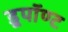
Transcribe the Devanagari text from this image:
डूपॉण्ट